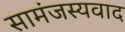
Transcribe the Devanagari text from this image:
सामंजस्यवाद